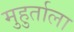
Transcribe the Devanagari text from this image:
मुहुर्ताला